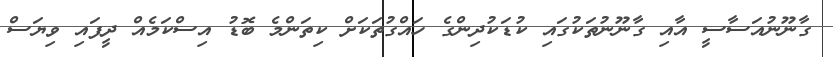
ގާނޫނުއަސާސީ އާއި ގާނޫނުތަކުގައި ކުޑަކުދިންގެ ހައްގުތަކަށް ކިތަންމެ ބޮޑު އިސްކަމެއް ދީފައި ވިޔަސް